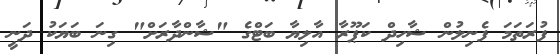
ފުރަތަމަ ފެނިލުން ޝާހިދް ކަޕޫރާ އާލިޔާ ބަޓްގެ "ޝާންދާރަށް" ގިނަ ބަޔަކު ދަނީ